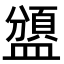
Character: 𥂾